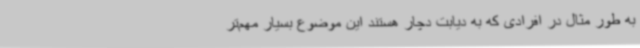
به طور مثال در افرادی که به دیابت دچار هستند این موضوع بسیار مهم‌تر